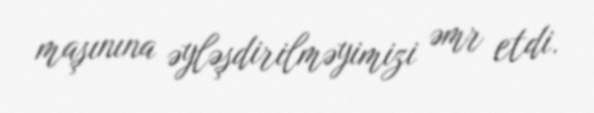
maşınına əyləşdirilməyimizi əmr etdi.